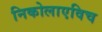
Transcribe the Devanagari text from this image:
निकोलाएविच